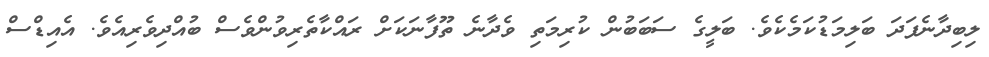
ލިބިދާނެފަދަ ބަލިމަޑުކަމެކެވެ. ބަލީގެ ސަބަބުން ކުރިމަތި ވެދާނެ ތޫފާނަކަށް ރައްކާތެރިވުންވެސް ބުއްދިވެރިއެވެ. އެއިޑްސް